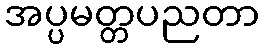
အပ္ပမတ္တပညတာ